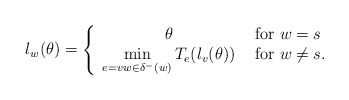
\begin{align*} \l_w(\theta) = \left\{\begin{array}{cl}\theta & \mbox{ for $w=s$} \\ \min\limits_{e=vw \in \delta^- (w)} T_e(\l_v(\theta)) & \mbox{ for $w \neq s$}.\end{array}\right.\end{align*}